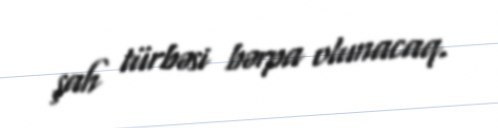
şah türbəsi bərpa olunacaq.